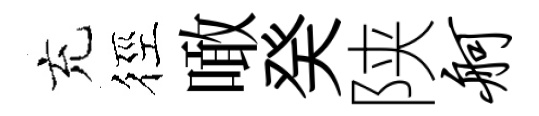
充徑噉癸陕舸